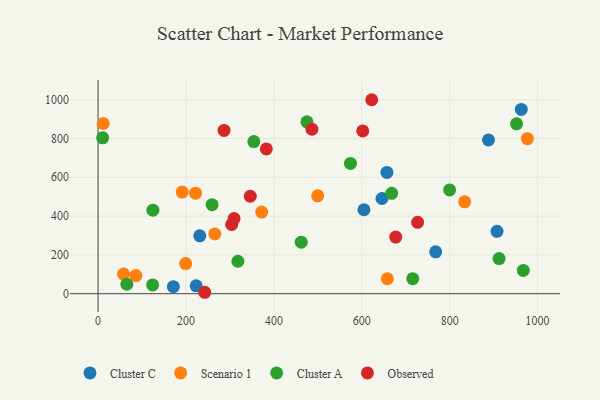
{"axis": {"x": "Study Hours", "y": "Exam Score"}, "legend": ["Cluster A", "Cluster C", "Observed", "Scenario 1"], "data": [{"x": "768.1", "y": 216.0, "type": "Cluster C"}, {"x": "907.6", "y": 321.7, "type": "Cluster C"}, {"x": "962.8", "y": 949.8, "type": "Cluster C"}, {"x": "604.9", "y": 432.8, "type": "Cluster C"}, {"x": "231.4", "y": 298.4, "type": "Cluster C"}, {"x": "888.2", "y": 792.6, "type": "Cluster C"}, {"x": "657.2", "y": 624.9, "type": "Cluster C"}, {"x": "223.2", "y": 40.7, "type": "Cluster C"}, {"x": "645.9", "y": 490.7, "type": "Cluster C"}, {"x": "171.3", "y": 36.1, "type": "Cluster C"}, {"x": "658.1", "y": 77.1, "type": "Scenario 1"}, {"x": "58.1", "y": 101.3, "type": "Scenario 1"}, {"x": "221.8", "y": 518.1, "type": "Scenario 1"}, {"x": "834.0", "y": 473.5, "type": "Scenario 1"}, {"x": "191.4", "y": 523.8, "type": "Scenario 1"}, {"x": "976.7", "y": 798.8, "type": "Scenario 1"}, {"x": "11.7", "y": 877.2, "type": "Scenario 1"}, {"x": "372.3", "y": 420.6, "type": "Scenario 1"}, {"x": "199.4", "y": 155.5, "type": "Scenario 1"}, {"x": "265.7", "y": 308.2, "type": "Scenario 1"}, {"x": "499.7", "y": 504.2, "type": "Scenario 1"}, {"x": "86.1", "y": 93.4, "type": "Scenario 1"}, {"x": "475.2", "y": 885.9, "type": "Cluster A"}, {"x": "318.1", "y": 167.4, "type": "Cluster A"}, {"x": "65.5", "y": 48.7, "type": "Cluster A"}, {"x": "668.0", "y": 517.1, "type": "Cluster A"}, {"x": "952.1", "y": 875.6, "type": "Cluster A"}, {"x": "124.1", "y": 45.5, "type": "Cluster A"}, {"x": "462.3", "y": 265.5, "type": "Cluster A"}, {"x": "354.4", "y": 783.9, "type": "Cluster A"}, {"x": "716.0", "y": 77.6, "type": "Cluster A"}, {"x": "967.4", "y": 120.2, "type": "Cluster A"}, {"x": "10.4", "y": 803.5, "type": "Cluster A"}, {"x": "124.8", "y": 430.6, "type": "Cluster A"}, {"x": "799.8", "y": 534.9, "type": "Cluster A"}, {"x": "259.5", "y": 458.6, "type": "Cluster A"}, {"x": "912.3", "y": 181.2, "type": "Cluster A"}, {"x": "574.2", "y": 671.3, "type": "Cluster A"}, {"x": "382.8", "y": 746.0, "type": "Observed"}, {"x": "242.7", "y": 7.4, "type": "Observed"}, {"x": "622.6", "y": 999.7, "type": "Observed"}, {"x": "304.0", "y": 356.8, "type": "Observed"}, {"x": "727.0", "y": 368.1, "type": "Observed"}, {"x": "286.6", "y": 841.6, "type": "Observed"}, {"x": "486.5", "y": 847.9, "type": "Observed"}, {"x": "309.4", "y": 387.1, "type": "Observed"}, {"x": "677.2", "y": 291.8, "type": "Observed"}, {"x": "346.3", "y": 502.2, "type": "Observed"}, {"x": "602.2", "y": 839.1, "type": "Observed"}]}